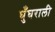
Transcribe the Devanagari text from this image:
घुँघराली